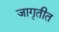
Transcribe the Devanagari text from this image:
जागृतीत